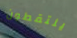
يلتقطون